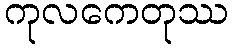
ကုလကေတုဿ